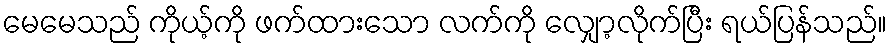
မေမေသည် ကိုယ့်ကို ဖက်ထားသော လက်ကို လျှော့လိုက်ပြီး ရယ်ပြန်သည်။